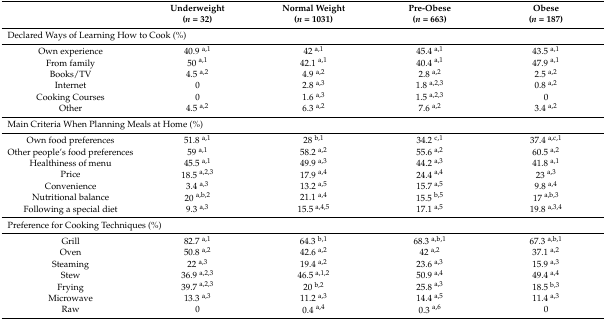
|  | Underweight(n = 32) | Normal Weight(n = 1031) | Pre-Obese(n = 663) | Obese(n = 187) |
 | --- | --- | --- | --- | --- |
 | <COLSPAN=5> Declared Ways of Learning How to Cook (%) |
 | Own experience | 40.9 a,1 | 42 a,1 | 45.4 a,1 | 43.5 a,1 |
 | From family | 50 a,1 | 42.1 a,1 | 40.4 a,1 | 47.9 a,1 |
 | Books/TV | 4.5 a,2 | 4.9 a,2 | 2.8 a,2 | 2.5 a,2 |
 | Internet | 0 | 2.8 a,3 | 1.8 a,2,3 | 0.8 a,2 |
 | Cooking Courses | 0 | 1.6 a,3 | 1.5 a,2,3 | 0 |
 | Other | 4.5 a,2 | 6.3 a,2 | 7.6 a,2 | 3.4 a,2 |
 | <COLSPAN=5> Main Criteria When Planning Meals at Home (%) |
 | Own food preferences | 51.8 a,1 | 28 b,1 | 34.2 c,1 | 37.4 a,c,1 |
 | Other people’s food preferences | 59 a,1 | 58.2 a,2 | 55.6 a,2 | 60.5 a,2 |
 | Healthiness of menu | 45.5 a,1 | 49.9 a,3 | 44.2 a,3 | 41.8 a,1 |
 | Price | 18.5 a,2,3 | 17.9 a,4 | 24.4 a,4 | 23 a,3 |
 | Convenience | 3.4 a,3 | 13.2 a,5 | 15.7 a,5 | 9.8 a,4 |
 | Nutritional balance | 20 a,b,2 | 21.1 a,4 | 15.5 b,5 | 17 a,b,3 |
 | Following a special diet | 9.3 a,3 | 15.5 a,4,5 | 17.1 a,5 | 19.8 a,3,4 |
 | <COLSPAN=5> Preference for Cooking Techniques (%) |
 | Grill | 82.7 a,1 | 64.3 b,1 | 68.3 a,b,1 | 67.3 a,b,1 |
 | Oven | 50.8 a,2 | 42.6 a,2 | 42 a,2 | 37.1 a,2 |
 | Steaming | 22 a,3 | 19.4 a,2 | 23.6 a,3 | 15.9 a,3 |
 | Stew | 36.9 a,2,3 | 46.5 a,1,2 | 50.9 a,4 | 49.4 a,4 |
 | Frying | 39.7 a,2,3 | 20 b,2 | 25.8 a,3 | 18.5 b,3 |
 | Microwave | 13.3 a,3 | 11.2 a,3 | 14.4 a,5 | 11.4 a,3 |
 | Raw | 0 | 0.4 a,4 | 0.3 a,6 | 0 |